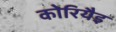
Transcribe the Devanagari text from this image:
कोरियैइ